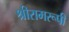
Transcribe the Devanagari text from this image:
श्रीरामरूपी